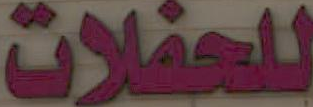
للحفلات